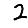
Digit: 2